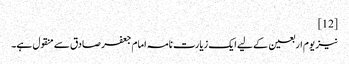
[12]
نیز یوم اربعین کے لیے ایک زیارت نامہ امام جعفر صادق سے منقول ہے۔